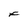
Character: F